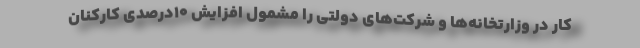
کار در وزارتخانه‌ها و شرکت‌های دولتی را مشمول افزایش ۱۰درصدی کارکنان